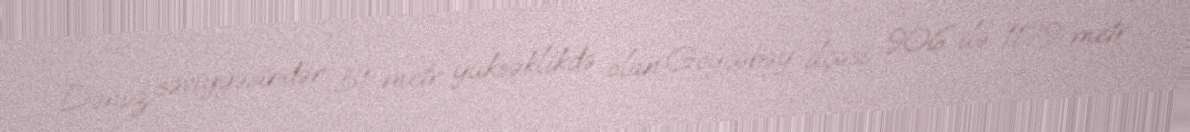
Dəniz səviyyəsindən 51 metr yüksəklikdə olan Göyçəbəy ilçəsi 906 ilə 1179 metr